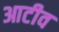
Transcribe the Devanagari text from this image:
आटीव